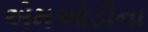
એમઓડીના